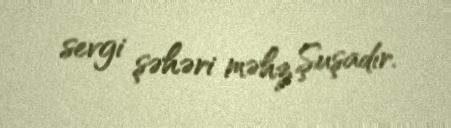
sevgi şəhəri məhz Şuşadır.